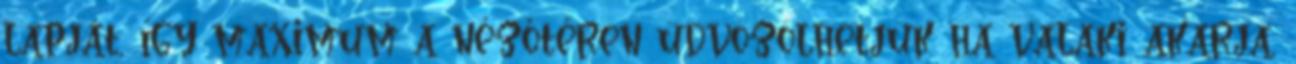
lapját, így maximum a nézőtéren üdvözölhetjük ha valaki akarja,